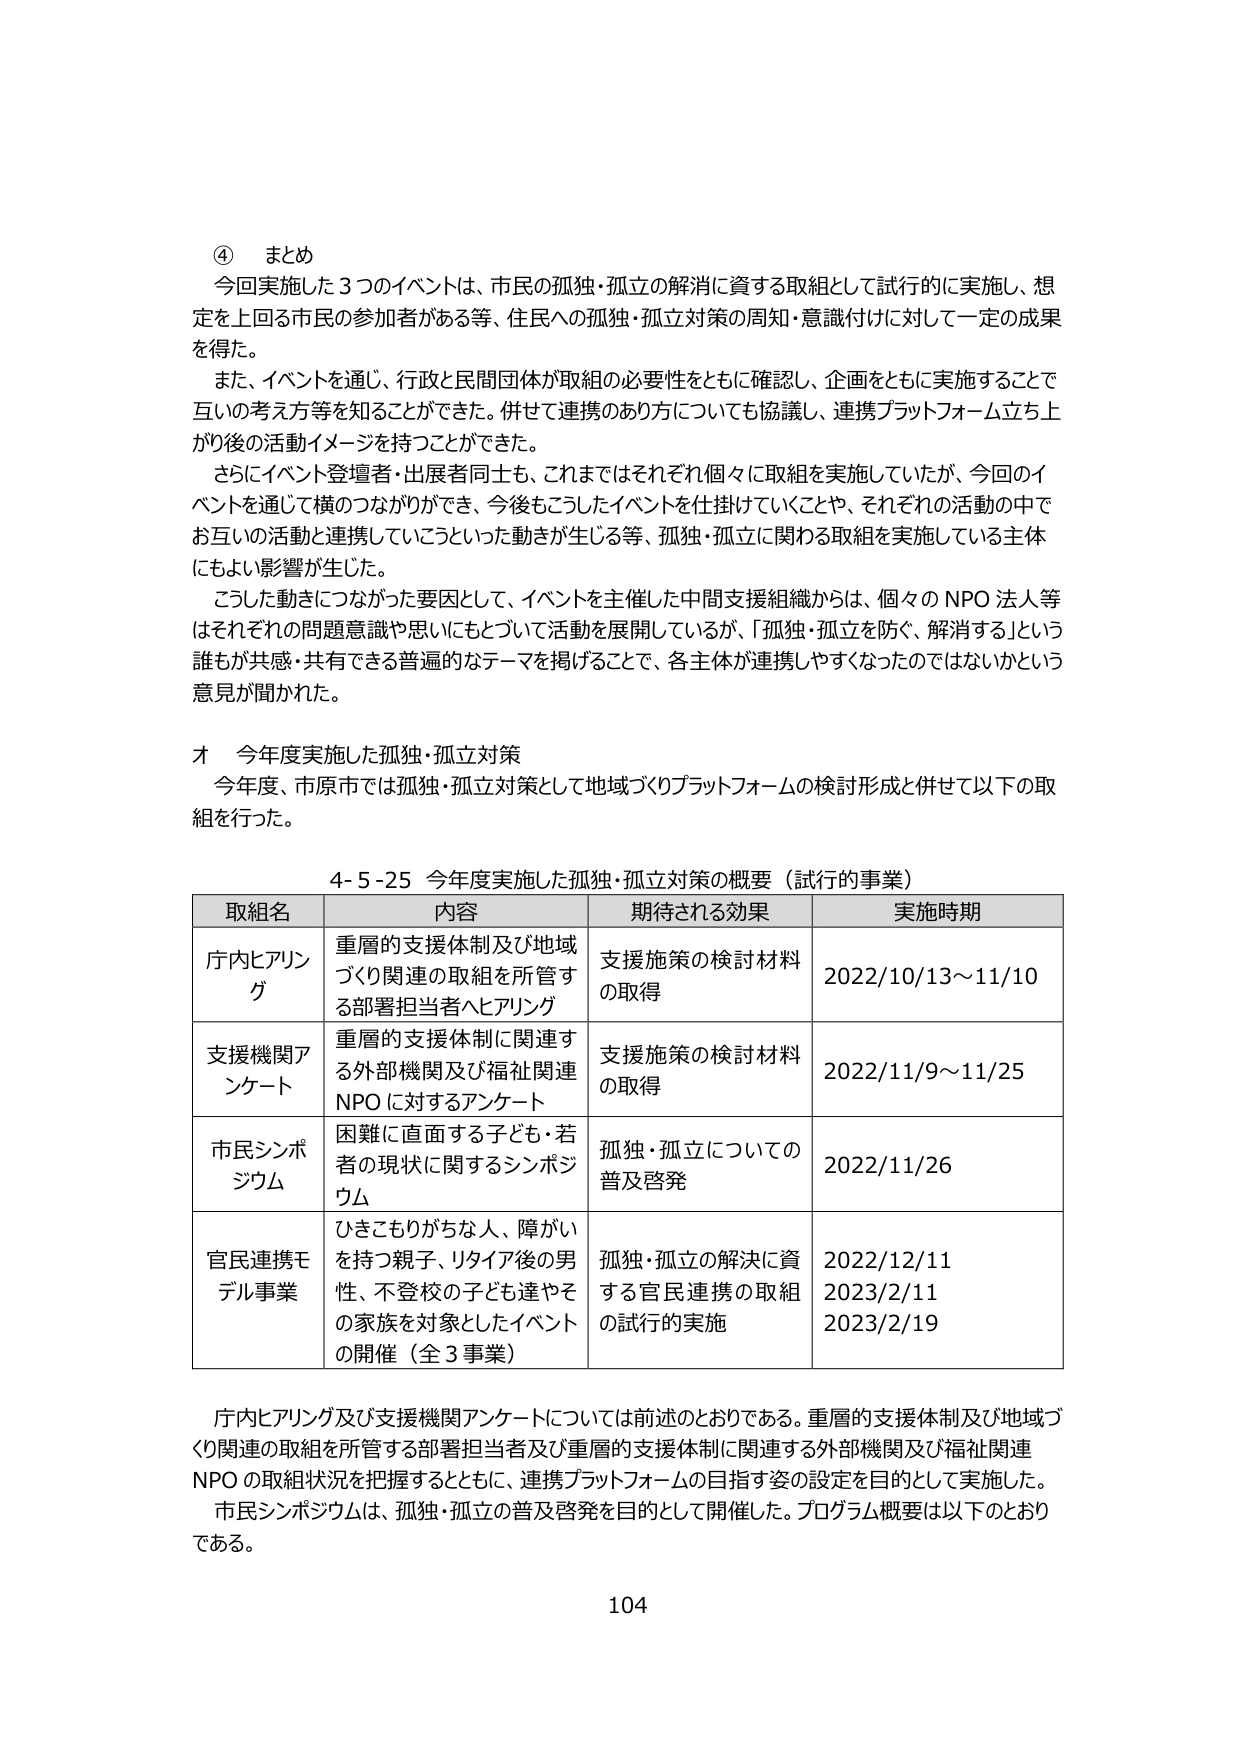
④ まとめ
今回実施した3つのイベントは、市民の孤独・孤立の解消に資する取組として試行的に実施し、想定を上回る市民の参加者がある等、住民への孤独・孤立対策の周知・意識付けに対して一定の成果を得た。
また、イベントを通じ、行政と民間団体が取組の必要性をともに確認し、企画をともに実施することで互いの考え方等を知ることができた。併せて連携のあり方についても協議し、連携プラットフォーム立ち上がり後の活動イメージを持つことができた。
さらにイベント登壇者・出展者同士も、これまでではそれぞれ個々に取組を実施していたが、今回のイベントを通じて横のつながりができ、今後もこうしたイベントを仕掛けていくことや、それぞれの活動の中でお互いの活動と連携していこうといった動きが生じる等、孤独・孤立に関わる取組を実施している主体にもよい影響が生じた。
こうした動きにつながった要因として、イベントを主催した中間支援組織からは、個々のNPO法人等はそれぞれの問題意識や思いにもとづいて活動を展開しているが、「孤独・孤立を防ぐ、解消する」という誰もが共感・共有できる普遍的なテーマを掲げることで、各主体が連携しやすくなったのではないかという意見が聞かれた。

オ 今年度実施した孤独・孤立対策
今年度、市原市では孤独・孤立対策として地域づくりプラットフォームの検討形成と併せて以下の取組を行った。

4-5-25 今年度実施した孤独・孤立対策の概要（試行的事業）
| 取組名 | 内容 | 期待される効果 | 実施時期 |
|---|---|---|---|
| 庁内ヒアリング | 重層的支援体制及び地域づくり関連の取組を所管する部署担当者へヒアリング | 支援施策の検討材料の取得 | 2022/10/13～11/10 |
| 支援機関アンケート | 重層的支援体制に関連する外部機関及び福祉関連NPOに対するアンケート | 支援施策の検討材料の取得 | 2022/11/9～11/25 |
| 市民シンポジウム | 困難に直面する子ども・若者の現状に関するシンポジウム | 孤独・孤立についての普及啓発 | 2022/11/26 |
| 官民連携モデル事業 | ひきこもりがちな人、障がいを持つ親子、リタイア後の男性、不登校の子ども達やその家族を対象としたイベントの開催（全3事業） | 孤独・孤立の解決に資する官民連携の取組の試行的実施 | 2022/12/11<br>2023/2/11<br>2023/2/19 |

庁内ヒアリング及び支援機関アンケートについては前述のとおりである。重層的支援体制及び地域づくり関連の取組を所管する部署担当者及び重層的支援体制に関連する外部機関及び福祉関連NPOの取組状況を把握するとともに、連携プラットフォームの目指す姿の設定を目的として実施した。
市民シンポジウムは、孤独・孤立の普及啓発を目的として開催した。プログラム概要は以下のとおりである。

104